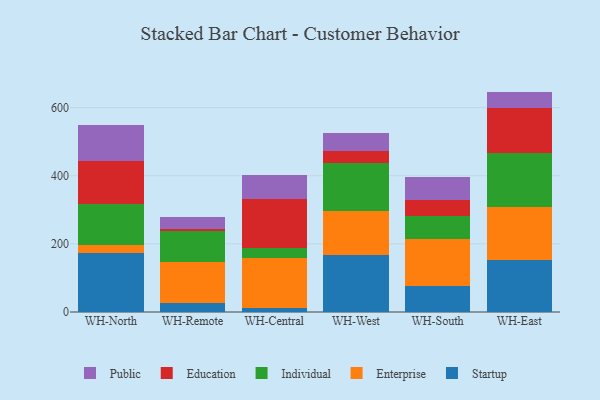
{"axis": {"x": "Warehouse", "y": "LTV (USD)"}, "legend": ["Education", "Enterprise", "Individual", "Public", "Startup"], "data": [{"x": "WH-North", "y": 174.4, "type": "Startup"}, {"x": "WH-North", "y": 22.7, "type": "Enterprise"}, {"x": "WH-North", "y": 120.8, "type": "Individual"}, {"x": "WH-North", "y": 124.8, "type": "Education"}, {"x": "WH-North", "y": 107.2, "type": "Public"}, {"x": "WH-Remote", "y": 27.1, "type": "Startup"}, {"x": "WH-Remote", "y": 120.5, "type": "Enterprise"}, {"x": "WH-Remote", "y": 89.2, "type": "Individual"}, {"x": "WH-Remote", "y": 7.3, "type": "Education"}, {"x": "WH-Remote", "y": 35.9, "type": "Public"}, {"x": "WH-Central", "y": 11.2, "type": "Startup"}, {"x": "WH-Central", "y": 146.3, "type": "Enterprise"}, {"x": "WH-Central", "y": 30.5, "type": "Individual"}, {"x": "WH-Central", "y": 144.6, "type": "Education"}, {"x": "WH-Central", "y": 70.1, "type": "Public"}, {"x": "WH-West", "y": 168.7, "type": "Startup"}, {"x": "WH-West", "y": 126.8, "type": "Enterprise"}, {"x": "WH-West", "y": 141.1, "type": "Individual"}, {"x": "WH-West", "y": 36.3, "type": "Education"}, {"x": "WH-West", "y": 51.6, "type": "Public"}, {"x": "WH-South", "y": 75.7, "type": "Startup"}, {"x": "WH-South", "y": 139.6, "type": "Enterprise"}, {"x": "WH-South", "y": 67.8, "type": "Individual"}, {"x": "WH-South", "y": 44.7, "type": "Education"}, {"x": "WH-South", "y": 69.9, "type": "Public"}, {"x": "WH-East", "y": 152.5, "type": "Startup"}, {"x": "WH-East", "y": 154.3, "type": "Enterprise"}, {"x": "WH-East", "y": 160.3, "type": "Individual"}, {"x": "WH-East", "y": 131.5, "type": "Education"}, {"x": "WH-East", "y": 48.4, "type": "Public"}]}